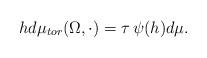
LaTeX: \begin{align*}hd\mu_{tor}(\Omega,\cdot) = \tau \,\psi(h)d\mu.\end{align*}